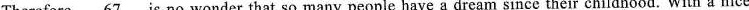
Therefore,. \underline{67 } is no wonder that so many people have a dream since their childhood. With a nice